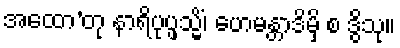
အထော’တု နာရိပုပ္ဖသ္မိံ၊ ဟေမန္တာဒိမှိ စ ဒွိသု။